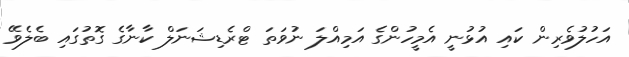
އަހުލުވެރިން ކައި އުޅުނީ އެމީހުންގެ އަމިއްލަ ނުވަތަ ޓްރެޑިޝަނަލް ކާނާގެ ގޮތުގައި ބެލެވޭ